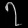
Digit: ၇